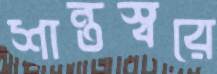
শান্তস্বরে